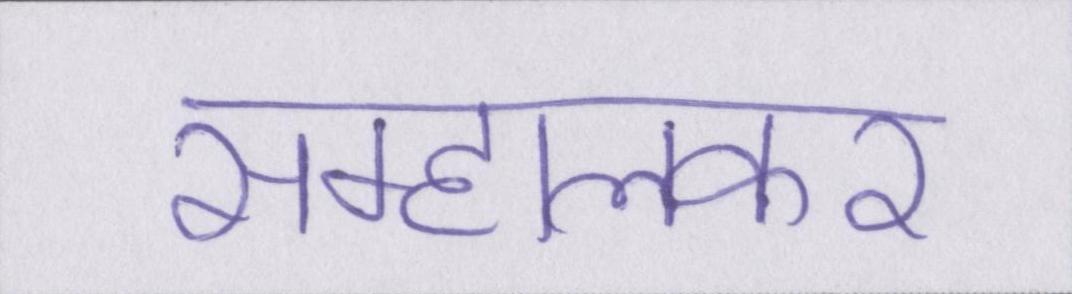
सम्हालकर